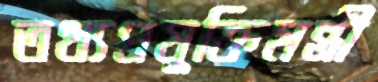
তথ্যপ্রযুক্তিমন্ত্রী